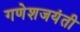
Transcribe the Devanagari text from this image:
गणेशजयंती